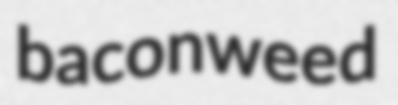
baconweed